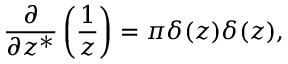
\frac { \partial } { \partial z ^ { \ast } } \left( \frac { 1 } { z } \right) = \pi \delta ( \relax z ) \delta ( \relax z ) ,